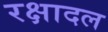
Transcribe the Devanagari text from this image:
रक्षादल